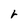
Character: r